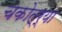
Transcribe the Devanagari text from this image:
चकोत्र्या